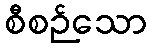
စီစဉ်သော